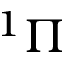
^ 1 \Pi